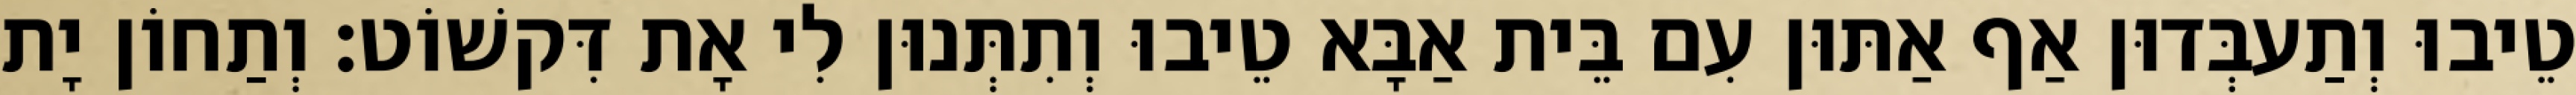
טֵיבוּ וְתַעבְּדוּן אַף אַתּוּן עִם בֵּית אַבָּא טֵיבוּ וְתִתְּנוּן לִי אָת דִּקשׁוֹט׃ וְתַחוֹן יָת